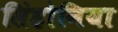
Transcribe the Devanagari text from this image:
सिंहोनिया